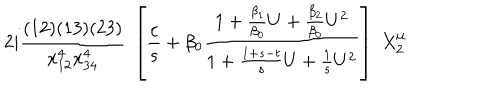
2 i { \frac { ( 1 2 ) ( 1 3 ) ( 2 3 ) } { x _ { 1 2 } ^ { 4 } x _ { 3 4 } ^ { 4 } } } \; \left[ { \frac { c } { s } } + \beta _ { 0 } { \frac { 1 + { \frac { \beta _ { 1 } } { \beta _ { 0 } } } U + { \frac { \beta _ { 2 } } { \beta _ { 0 } } } U ^ { 2 } } { 1 + { \frac { 1 + s - t } { s } } U + { \frac { 1 } { s } } U ^ { 2 } } } \right] \; X _ { 2 } ^ { \mu }